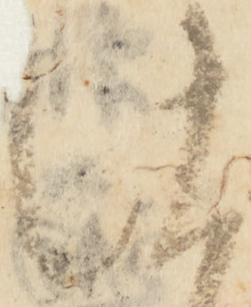
仕